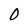
Character: O